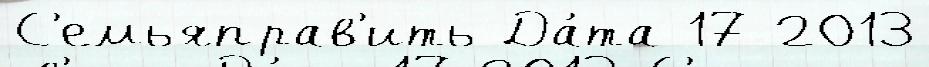
С'емьяправ'ить Да́та 17 2013